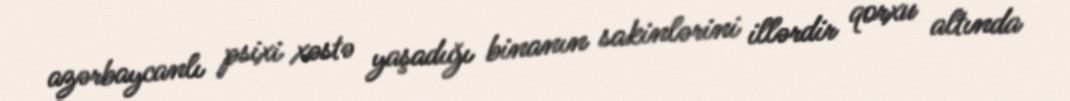
azərbaycanlı psixi xəstə yaşadığı binanın sakinlərini illərdir qorxu altında